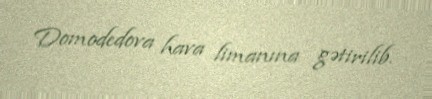
Domodedova hava limanına gətirilib.